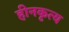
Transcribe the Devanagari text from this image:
हीनकृत्य